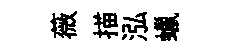
薇描泓蠟